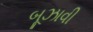
બૂઝાવી